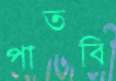
পাতবি